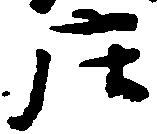
庄